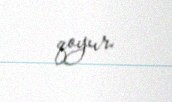
qoyur.